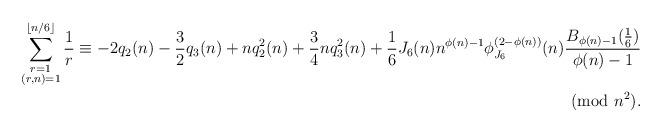
LaTeX: \begin{align*}\sum_{\substack{r=1\\ (r,n)=1}}^{\lfloor n/6\rfloor}\frac{1}{r}\equiv -2q_2(n)-\frac{3}{2}q_3(n)+nq_2^2(n)+\frac{3}{4}nq_3^2(n)+\frac{1}{6}J_{6}(n)n^{\phi(n)-1}\phi_{J_{6}}^{(2-\phi(n))}(n)\frac{B_{\phi(n)-1}(\frac{1}{6})}{\phi(n)-1}\\ \pmod{n^2}.\end{align*}